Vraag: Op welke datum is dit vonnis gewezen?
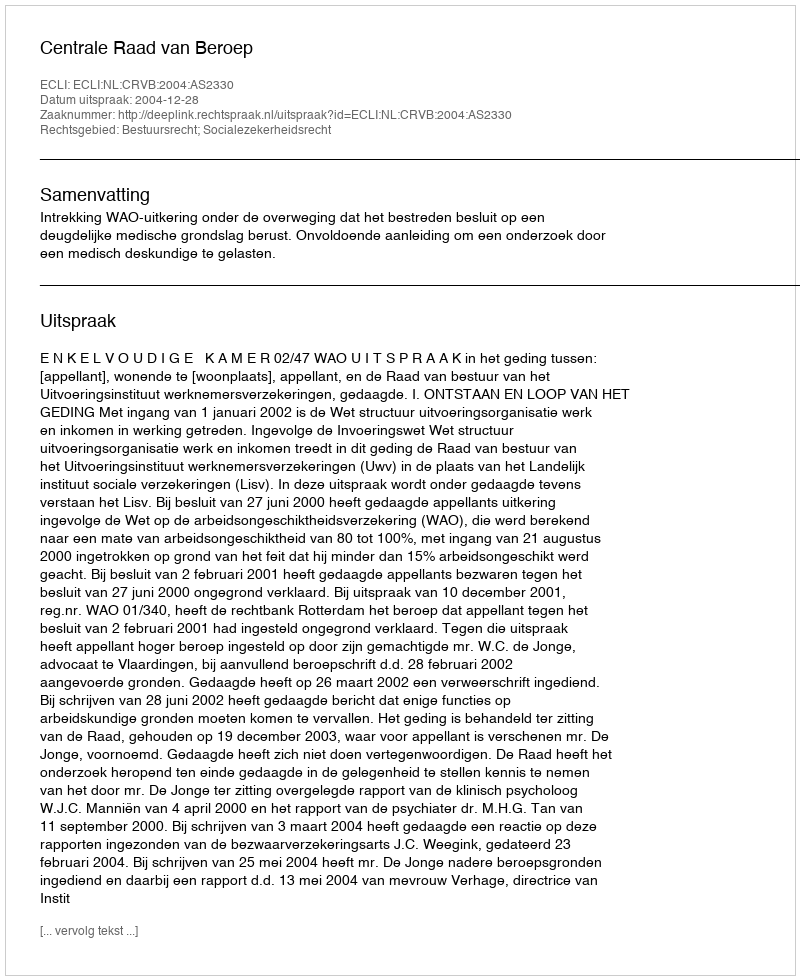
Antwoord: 2004-12-28